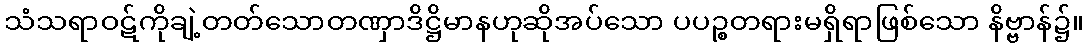
သံသရာဝဋ်ကိုချဲ့တတ်သောတဏှာဒိဋ္ဌိမာနဟုဆိုအပ်သော ပပဉ္စတရားမရှိရာဖြစ်သော နိဗ္ဗာန်၌။